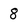
Character: 8